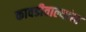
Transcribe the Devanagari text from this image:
कावडीवाल्यांचा